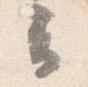
云